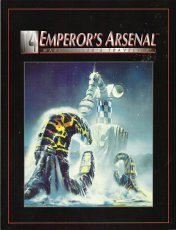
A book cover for Emperor's Arsenal: Traveller Role Playing Game; Marc Miller; Science Fiction & Fantasy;